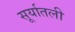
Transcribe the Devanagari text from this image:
सूर्यातली